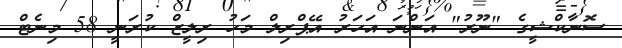
ސޮނާކްޝީގެ "ނޫރު" އަންނަ އަހަރު އޭޕްރިލް މަހު ރިލީޒް ކުރަނީ 58 މިނެޓް